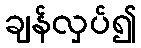
ချန်လှပ်၍